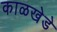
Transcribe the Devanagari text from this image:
काळखेडे